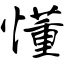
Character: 懂